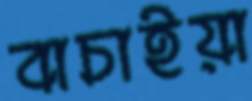
বাচাইয়া